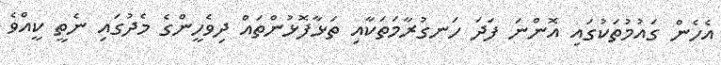
އެހެން ގައުމުތަކުގައި އޮންނަ ފަދަ ހަނގުރާމަތަކާއި ތަޅާފޮޅުންތައް ދިވެހީންގެ މެދުގައި ނެތީ ކީއްވެ